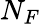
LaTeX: N_{F}